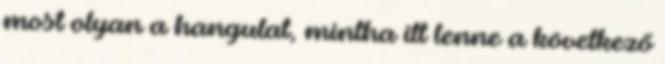
most olyan a hangulat, mintha itt lenne a következő